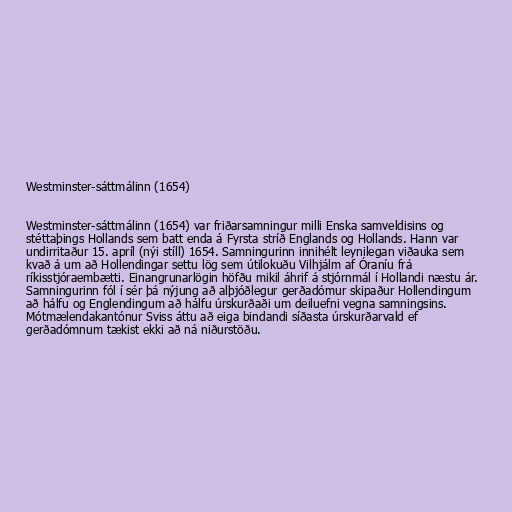
Westminster-sáttmálinn (1654)

Westminster-sáttmálinn (1654) var friðarsamningur milli Enska samveldisins og
stéttaþings Hollands sem batt enda á Fyrsta stríð Englands og Hollands. Hann var
undirritaður 15. apríl (nýi stíll) 1654. Samningurinn innihélt leynilegan viðauka sem
kvað á um að Hollendingar settu lög sem útilokuðu Vilhjálm af Óraníu frá
ríkisstjóraembætti. Einangrunarlögin höfðu mikil áhrif á stjórnmál í Hollandi næstu ár.
Samningurinn fól í sér þá nýjung að alþjóðlegur gerðadómur skipaður Hollendingum
að hálfu og Englendingum að hálfu úrskurðaði um deiluefni vegna samningsins.
Mótmælendakantónur Sviss áttu að eiga bindandi síðasta úrskurðarvald ef
gerðadómnum tækist ekki að ná niðurstöðu.